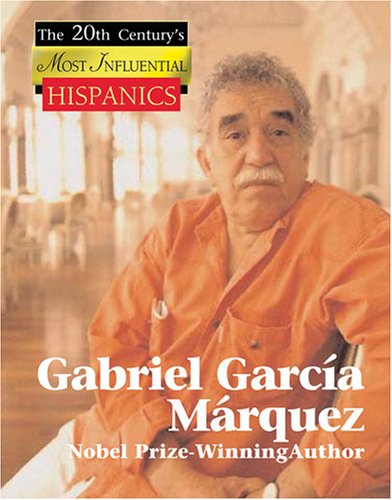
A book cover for Gabriel Garcia Marquez: Nobel Prize-winning Author (The Twentieth Century's Most Influential Hispanics); Don Nardo; Teen & Young Adult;